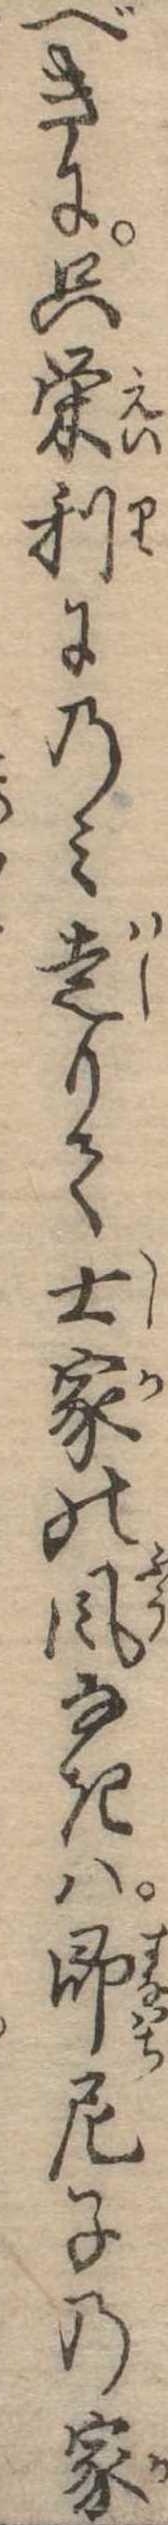
べきに只栄利にのみ走りて士家の風なきは即尼子の家